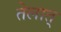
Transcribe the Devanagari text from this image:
तेलात्